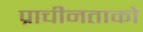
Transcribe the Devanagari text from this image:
प्राचीनताको